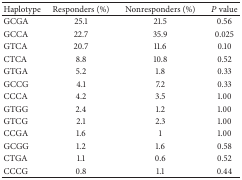
<table><thead><tr><td><b>Haplotype</b></td><td><b>Responders (%)</b></td><td><b>Nonresponders (%)</b></td><td><b><i>P</i> value</b></td></tr></thead><tbody><tr><td>GCGA</td><td>25.1</td><td>21.5</td><td>0.56</td></tr><tr><td>GCCA</td><td>22.7</td><td>35.9</td><td>0.025</td></tr><tr><td>GTCA</td><td>20.7</td><td>11.6</td><td>0.10</td></tr><tr><td>CTCA</td><td>8.8</td><td>10.8</td><td>0.52</td></tr><tr><td>GTGA</td><td>5.2</td><td>1.8</td><td>0.33</td></tr><tr><td>GCCG</td><td>4.1</td><td>7.2</td><td>0.33</td></tr><tr><td>CCCA</td><td>4.2</td><td>3.5</td><td>1.00</td></tr><tr><td>GTGG</td><td>2.4</td><td>1.2</td><td>1.00</td></tr><tr><td>GTCG</td><td>2.1</td><td>2.3</td><td>1.00</td></tr><tr><td>CCGA</td><td>1.6</td><td>1</td><td>1.00</td></tr><tr><td>GCGG</td><td>1.2</td><td>1.6</td><td>0.58</td></tr><tr><td>CTGA</td><td>1.1</td><td>0.6</td><td>0.52</td></tr><tr><td>CCCG</td><td>0.8</td><td>1.1</td><td>0.44</td></tr></tbody></table>